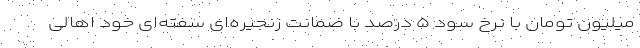
میلیون تومان با نرخ سود ۵ درصد با ضمانت زنجیره‌ای سفته‌ای خود اهالی